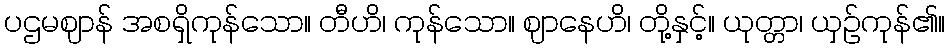
ပဌမဈာန် အစရှိကုန်သော။ တီဟိ၊ ကုန်သော။ ဈာနေဟိ၊ တို့နှင့်။ ယုတ္တာ၊ ယှဉ်ကုန်၏။